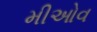
મીઓવ